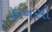
ફાનસો